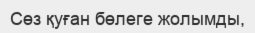
Сөз қуған бөлеге жолымды,